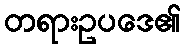
တရားဥပဒေ၏